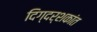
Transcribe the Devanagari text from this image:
दिग्दर्शकांत